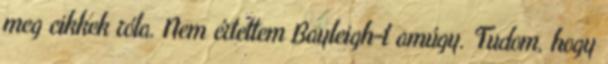
meg cikkek róla. Nem értettem Bayleigh-t amúgy. Tudom, hogy